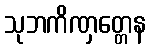
သုဘကိဏှတ္တေန